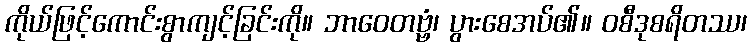
ကိုယ်ဖြင့်ကောင်းစွာကျင့်ခြင်းကို။ ဘာဝေတဗ္ဗံ၊ ပွားစေအပ်၏။ ဝစီဒုစရိတဿ၊